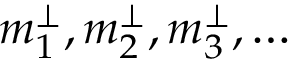
m _ { 1 } ^ { \perp } , m _ { 2 } ^ { \perp } , m _ { 3 } ^ { \perp } , \ldots